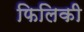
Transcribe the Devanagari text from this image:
फिलिकी